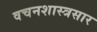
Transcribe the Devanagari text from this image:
वचनशास्त्रसार